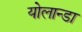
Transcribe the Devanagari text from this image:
योलान्डा